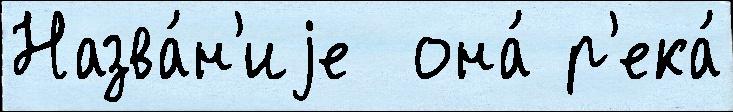
Назва́н'иjе  она́ р'ека́